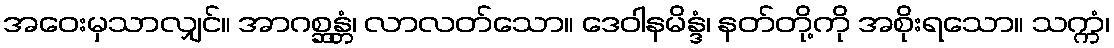
အဝေးမှသာလျှင်။ အာဂစ္ဆန္တံ၊ လာလတ်သော။ ဒေဝါနမိန္ဒံ၊ နတ်တို့ကို အစိုးရသော။ သက္ကံ၊